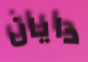
دايان